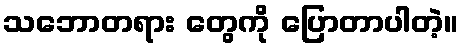
သဘောတရား တွေကို ပြောတာပါတဲ့။